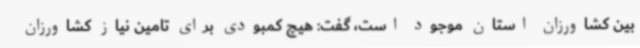
بین کشاورزان استان موجود است، گفت: هیچ کمبودی برای تامین نیاز کشاورزان